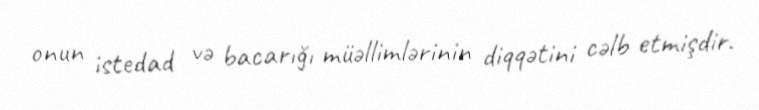
onun istedad və bacarığı müəllimlərinin diqqətini cəlb etmişdir.